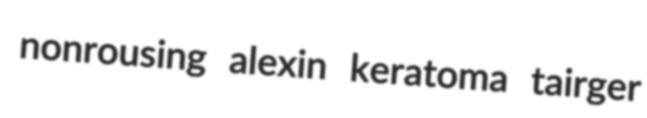
nonrousing alexin keratoma tairger